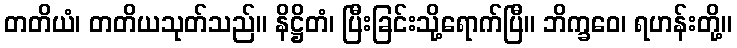
တတိယံ၊ တတိယသုတ်သည်။ နိဋ္ဌိတံ၊ ပြီးခြင်းသို့ရောက်ပြီ။ ဘိက္ခဝေ၊ ရဟန်းတို့။